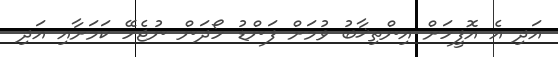
އަދި އެ އޮފީހަށް އިންތިޚާބު ވުމަށް ފަންޑު ހޯދަން ނުޖެހޭ ކަމަށާއި އަދި